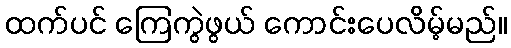
ထက်ပင် ကြေကွဲဖွယ် ကောင်းပေလိမ့်မည်။